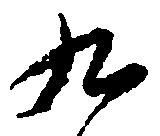
九